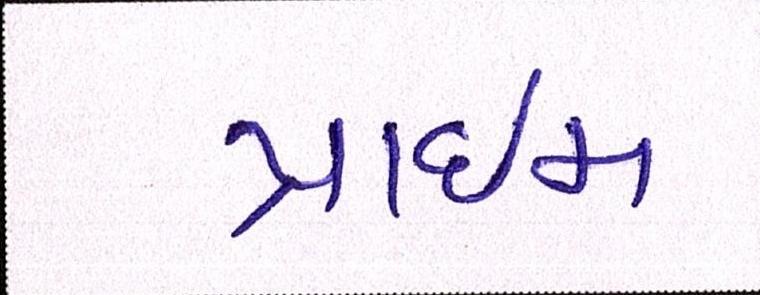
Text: પ્રાઇમ